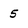
Character: 5